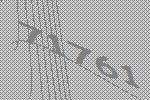
71761